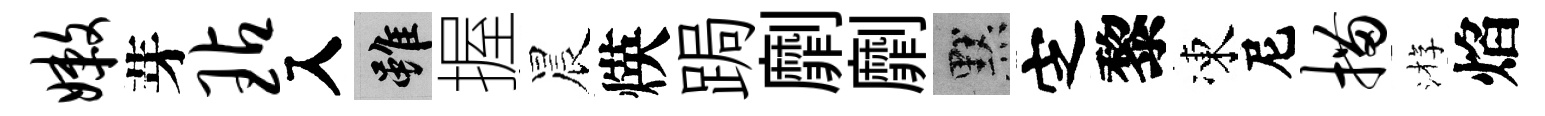
嫩芽玷入雖握晨煐跼劘劘默㝎黎凍尼描㳺焰